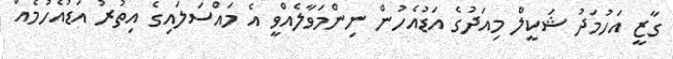
ގާޒީ އަހުމަދު ޝަކީލް މިއަދުގެ އަޑުއެހުން ނިންމަވާލެއްވީ އެ މައްސަލައިގެ އިތުރު އަޑުއެހުމެއް